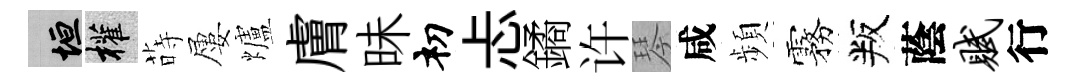
垣權蒔屢爐膚昧𥘉忐鐍许琴咸頻霧叛蔭赋行